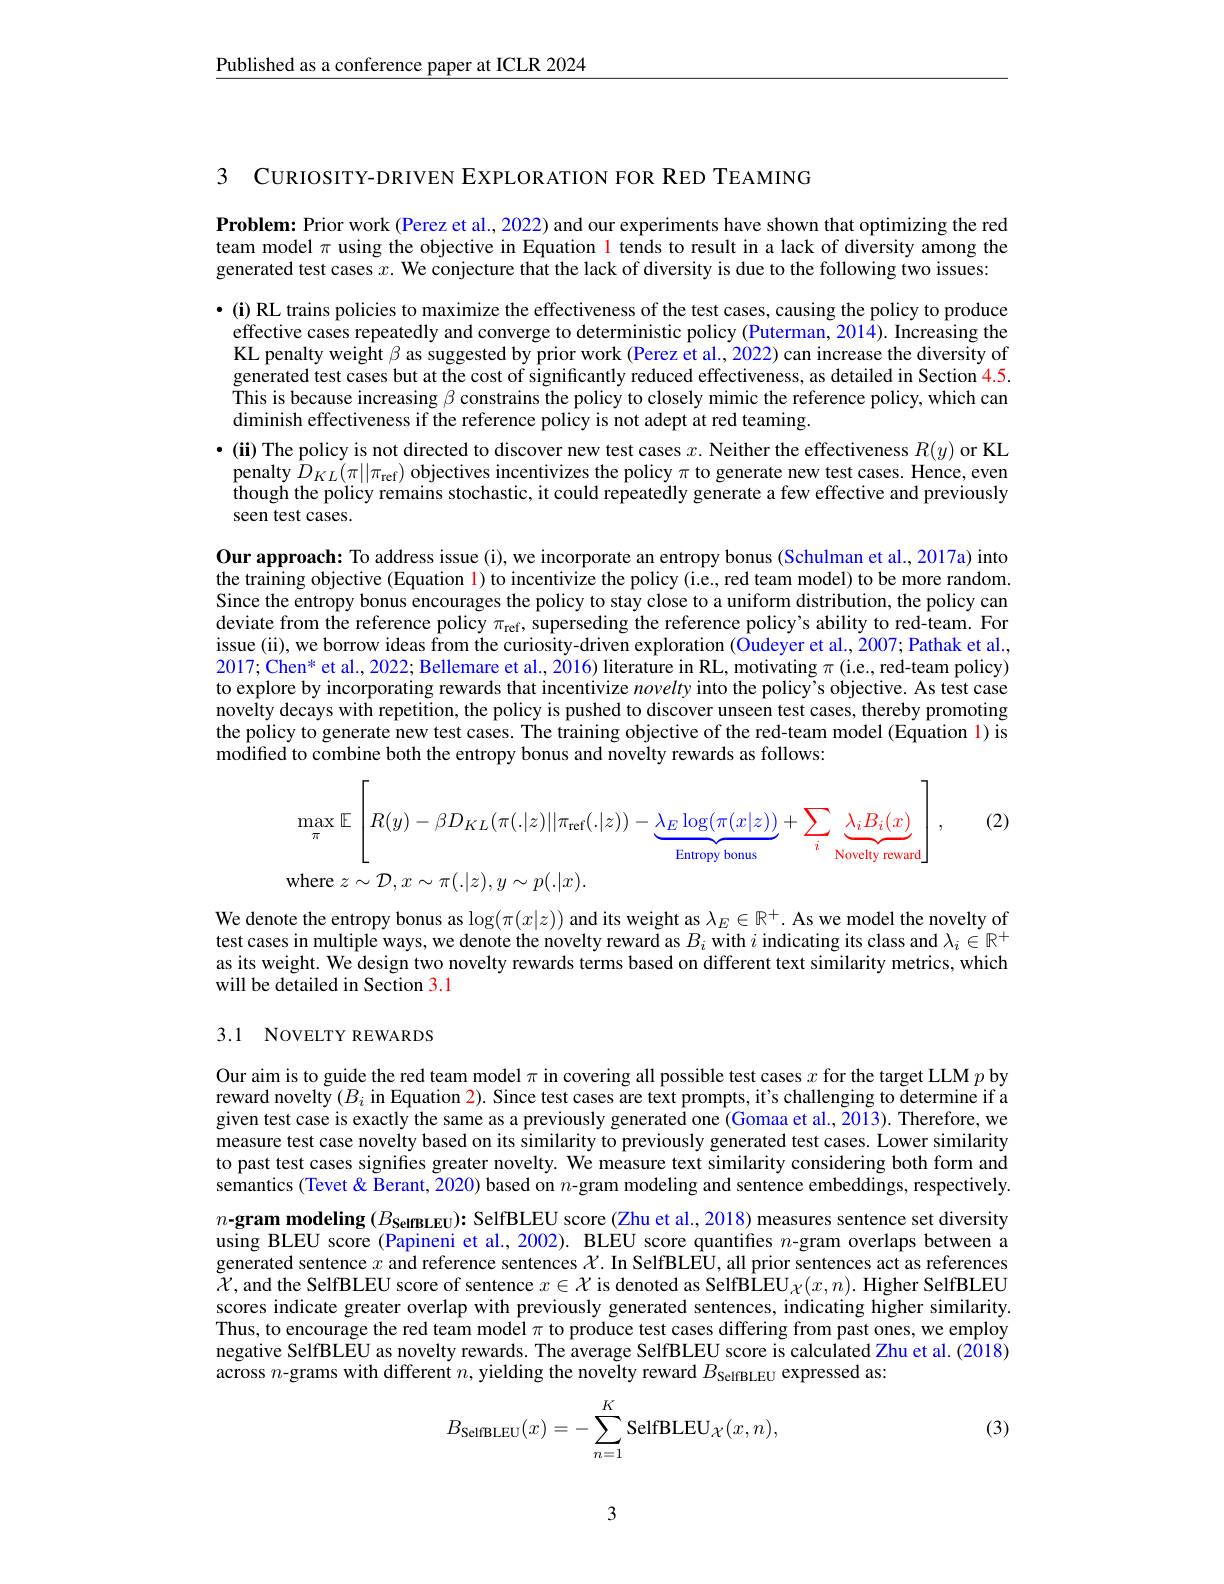
$\underline{\text{Published as a conference paper at ICLR 2024}}$

3 CURIOSITY-DRIVEN EXPLORATION FOR RED TEAMING

Problem: Prior work (Perez et al., 2022) and our experiments have shown that optimizing the red team model $\pi$ using the objective in Equation l tends to result in a lack of diversity among the generated test cases $x.$ We conjecture that the lack of diversity is due to the following two issues:

$\bullet$(i) RL trains policies to maximize the effectiveness of the test cases, causing the policy to produce effective cases repeatedly and converge to deterministic policy (Puterman, 2014). Increasing the KL penalty weight $\beta$ as suggested by prior work (Perez et al., 2022) can increase the diversity of generated test cases but at the cost of significantly reduced effectiveness, as detailed in Section 4.5. This is because increasing $\beta$ constrains the policy to closely mimic the reference policy, which can diminish effectiveness if the reference policy is not adept at red teaming.
$•$(ii) The policy is not directed to discover new test cases $x.$ Neither the effectiveness $R(y)$ or KL
penalty $D_{KL}(\pi||\pi_{\mathrm{ref}})$ objectives incentivizes the policy $\pi$ to generate new test cases. Hence, even though the policy remains stochastic, it could repeatedly generate a few effective and previously seen test cases.

Our approach: To address issue (i), we incorporate an entropy bonus (Schulman et al., 2017a) into the training objective (Equation 1) to incentivize the policy (i.e, red team model) to be more random. Since the entropy bonus encourages the policy to stay close to a uniform distribution, the policy can deviate from the reference policy $\pi_\mathrm{ref}$, superseding the reference policy's ability to red-team. For issue (ii), we borrow ideas from the curiosity-driven exploration (Oudeyer et al., 2007; Pathak et al., 2017; Chen* et al., 2022; Bellemare et al., 2016) literature in RL, motivating $\pi$ (i.e., red-team policy) to explore by incorporating rewards that incentivize novelty into the policy's objective. As test case novelty decays with repetition, the policy is pushed to discover unseen test cases, thereby promoting the policy to generate new test cases. The training objective of the red-team model (Equation 1) is modified to combine both the entropy bonus and novelty rewards as follows:

(2)
$$\begin{aligned}&\max_{\pi}\mathbb{E}\left[R(y)-\beta D_{KL}(\pi(.|z)||\pi_{\mathrm{ref}}(.|z))-\underbrace{\lambda_{E}\log(\pi(x|z))}_{\text{Entropy bonus}}+\sum_{i}\underbrace{\lambda_{i}B_{i}(x)}_{\text{Novelty reward}}\right],\\&\mathrm{where~}z\sim\mathcal{D},x\sim\pi(.|z),y\sim p(.|x).\end{aligned}$$
We denote the entropy bonus as $\log(\pi(x|z))$ and its weight as $\lambda_E\in\mathbb{R}^+.$ As we model the novelty of test cases in multiple ways, we denote the novelty reward as $B_i$ with $i$ indicating its class and $\lambda_i\in\mathbb{R}^+$ as its weight. We design two novelty rewards terms based on different text similarity metrics, which will be detailed in Section 3.1

## 3.1 NOVELTY REWARDS

Our aim is to guide the red team model $\pi$ in covering all possible test cases $x$ for the target LLM $p$ by reward novelty $(B_i$ in Equation 2). Since test cases are text prompts, it's challenging to determine if a given test case is exactly the same as a previously generated one (Gomaa et al., 2013). Therefore, we measure test case novelty based on its similarity to previously generated test cases. Lower similarity to past test cases signifies greater novelty. We measure text similarity considering both form and semantics (Tevet& Berant, 2020) based on $n$-gram modeling and sentence embeddings, respectively. $n\textbf{- gram modeling}( B_{\textbf{SelmBLEU}})$: SelfBLEU score ( Zhu et al. , 2018) measures sentence set diversity using BLEU score (Papineni et al., 2002). BLEU score quantifies $n$-gram overlaps between a generated sentence $x$ and reference sentences $\chi$. In SelfBLÊU, all prior sentences act as references $\tilde{\mathcal{X}}$,and the SelfBLEU score of sentence $x\in \mathcal{X} \text{ is denoted as SelfBLEU}_{\mathcal{X} }( x, n) .$ Higher SelfBLEU scores indicate greater overlap with previously generated sentences, indicating higher similarity. Thus, to encourage the red team model $\pi$ to produce test cases differing from past ones, we employ negative SelfBLEU as novelty rewards. The average SelfBLEU score is calculated Zhu et al. (2018) across $n$-grams with different $n$, yielding the novelty reward $B_\text{SelfBLEU}$ expressed as:

(3)
$$B_{\text{SelfBLEU}}(x)=-\sum_{n=1}^K\text{SelfBLEU}_{\mathcal{X}}(x,n),$$
3